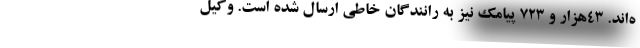
ه‌اند. ۴۳هزار و ۷۲۳ پیامک نیز به رانندگان خاطی ارسال شده است. وکیل